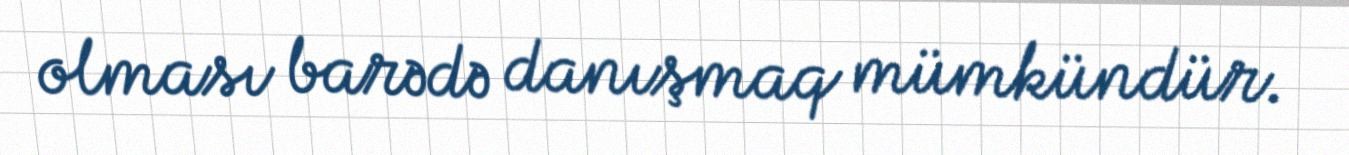
olması barədə danışmaq mümkündür.